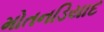
મોતનડિયાદ